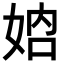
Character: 𡜴